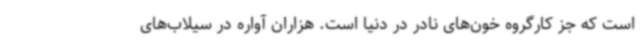
است که جز کارگروه خون‌های نادر در دنیا است. هزاران آواره در سیلاب‌های